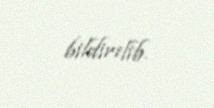
bildirilib.